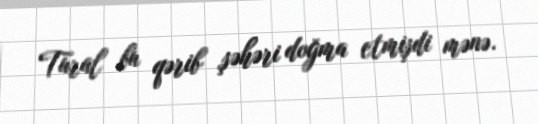
Tural bu qərib şəhəri doğma etmişdi mənə.